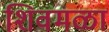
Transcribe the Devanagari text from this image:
शिवमळा